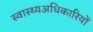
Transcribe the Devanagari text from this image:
स्वास्थ्यअधिकारियों